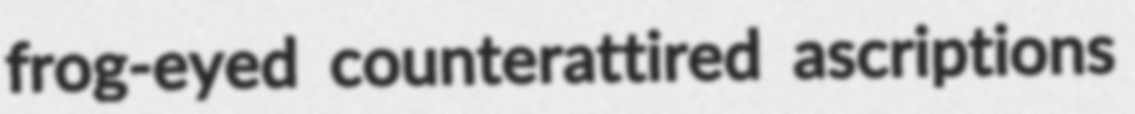
frog-eyed counterattired ascriptions